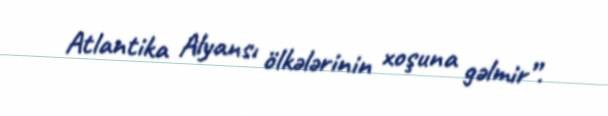
Atlantika Alyansı ölkələrinin xoşuna gəlmir”.